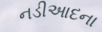
નડીઆદના